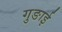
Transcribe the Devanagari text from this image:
गुङाई